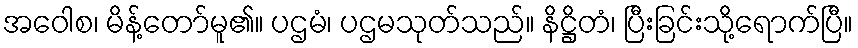
အဝေါစ၊ မိန့်တော်မူ၏။ ပဌမံ၊ ပဌမသုတ်သည်။ နိဋ္ဌိတံ၊ ပြီးခြင်းသို့ရောက်ပြီ။